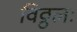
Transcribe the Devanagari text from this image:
विठ्ठलः